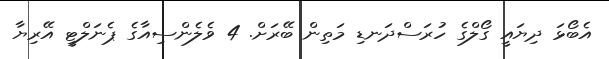
އެބޯޅަ ދިޔައީ ގޯލްގެ ހުރަސްދަނޑި މަތިން ބޭރަށް. 4 ވެލެންސިއާގެ ޕެނަލްޓީ އޭރިޔާ